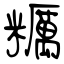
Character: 糲